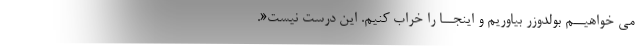
می خواهیــم بولدوزر بیاوریم و اینجــا را خراب کنیم. این درست نیست«.